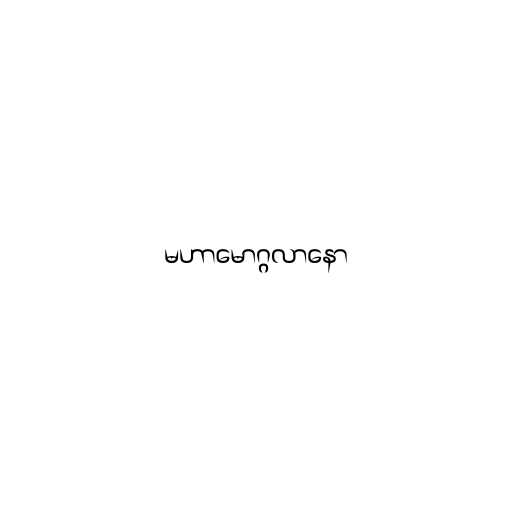
မဟာမောဂ္ဂလာနော